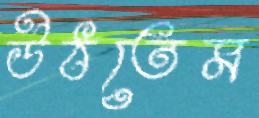
উঠতেম